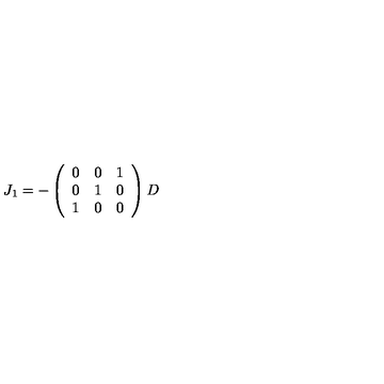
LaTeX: J _ { 1 } = - \left( \begin{array} { c c c } { 0 } & { 0 } & { 1 } \\ { 0 } & { 1 } & { 0 } \\ { 1 } & { 0 } & { 0 } \\ \end{array} \right) D